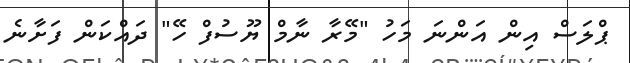
ޕްލަސް އިން އަންނަ މަހު "މޭރާ ނާމް ޔޫސުފް ހޭ" ދައްކަން ފަށާނެ